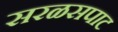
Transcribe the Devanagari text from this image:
सरळसपाट